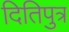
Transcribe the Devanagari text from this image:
दितिपुत्र